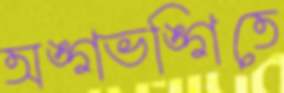
অঙ্গভঙ্গিতে